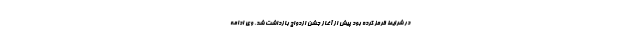
در شرایط قرمز کرده بود پیش از آغاز جشن ازدواج بازداشت شد. وی ادامه